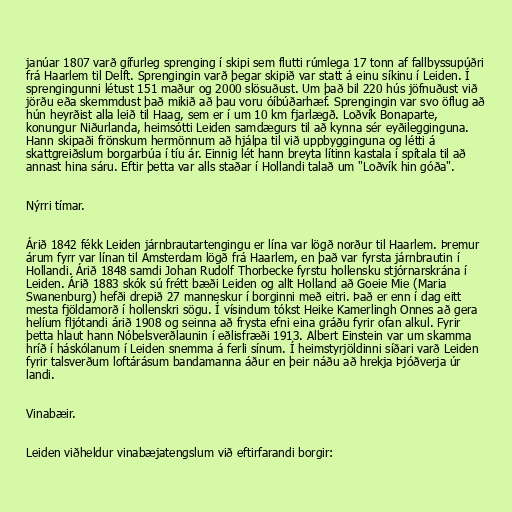
janúar 1807 varð gífurleg sprenging í skipi sem flutti rúmlega 17 tonn af fallbyssupúðri
frá Haarlem til Delft. Sprengingin varð þegar skipið var statt á einu síkinu í Leiden. Í
sprengingunni létust 151 maður og 2000 slösuðust. Um það bil 220 hús jöfnuðust við
jörðu eða skemmdust það mikið að þau voru óíbúðarhæf. Sprengingin var svo öflug að
hún heyrðist alla leið til Haag, sem er í um 10 km fjarlægð. Loðvík Bonaparte,
konungur Niðurlanda, heimsótti Leiden samdægurs til að kynna sér eyðilegginguna.
Hann skipaði frönskum hermönnum að hjálpa til við uppbygginguna og létti á
skattgreiðslum borgarbúa í tíu ár. Einnig lét hann breyta lítinn kastala í spítala til að
annast hina sáru. Eftir þetta var alls staðar í Hollandi talað um "Loðvík hin góða".

Nýrri tímar.

Árið 1842 fékk Leiden járnbrautartengingu er lína var lögð norður til Haarlem. Þremur
árum fyrr var línan til Amsterdam lögð frá Haarlem, en það var fyrsta járnbrautin í
Hollandi. Árið 1848 samdi Johan Rudolf Thorbecke fyrstu hollensku stjórnarskrána í
Leiden. Árið 1883 skók sú frétt bæði Leiden og allt Holland að Goeie Mie (Maria
Swanenburg) hefði drepið 27 manneskur í borginni með eitri. Það er enn í dag eitt
mesta fjöldamorð í hollenskri sögu. Í vísindum tókst Heike Kamerlingh Onnes að gera
helíum fljótandi árið 1908 og seinna að frysta efni eina gráðu fyrir ofan alkul. Fyrir
þetta hlaut hann Nóbelsverðlaunin í eðlisfræði 1913. Albert Einstein var um skamma
hríð í háskólanum í Leiden snemma á ferli sínum. Í heimstyrjöldinni síðari varð Leiden
fyrir talsverðum loftárásum bandamanna áður en þeir náðu að hrekja Þjóðverja úr
landi.

Vinabæir.

Leiden viðheldur vinabæjatengslum við eftirfarandi borgir: